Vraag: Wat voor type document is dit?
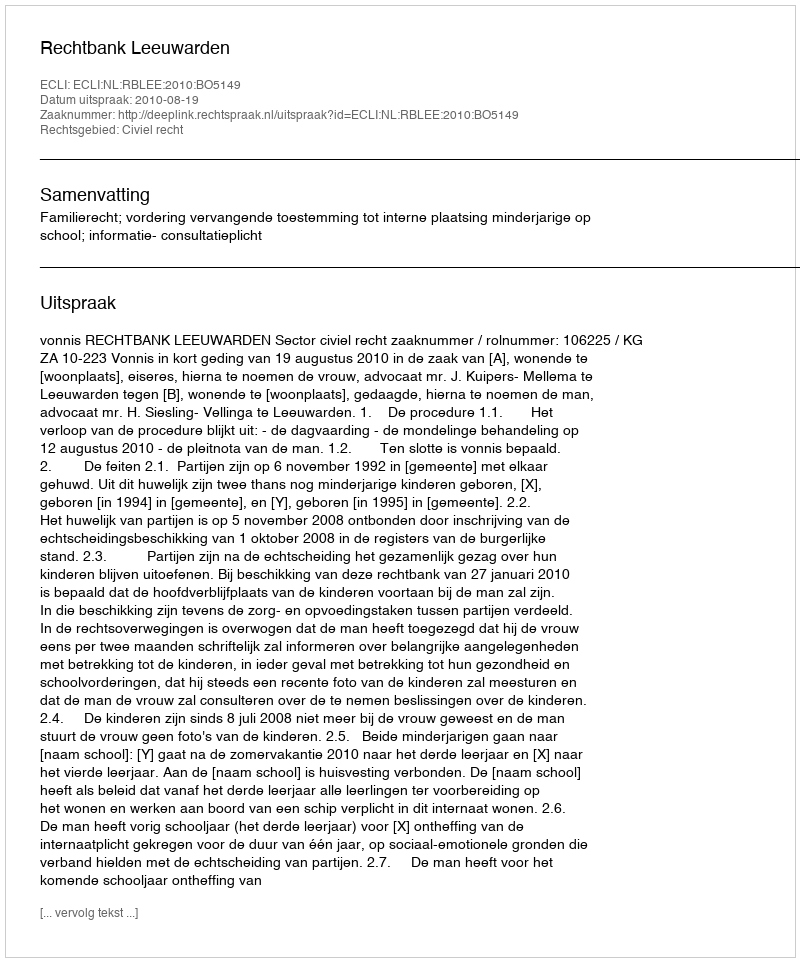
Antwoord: Uitspraak